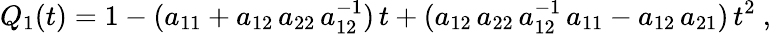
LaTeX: Q_{1}(t)=1-(a_{11}+a_{12}\, a_{22}\, a_{12}^{-1})\, t+(a_{12}\, a_{22}\, a_{12}^{-1}\, a_{11}-a_{12}\, a_{21})\, t^{2}\ ,